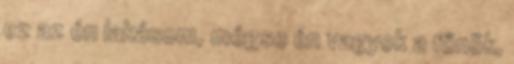
ez az én lakásom, mégse én vagyok a főnök,